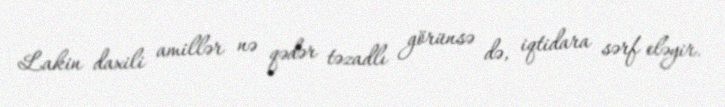
Lakin daxili amillər nə qədər təzadlı görünsə də, iqtidara sərf eləyir.